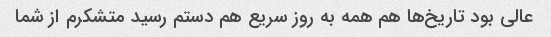
عالی بود تاریخ‌ها هم همه به روز سریع هم دستم رسید متشکرم از شما